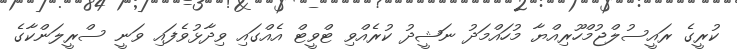
ކުރީގެ ރައީސުލްޖުމްހޫރިއްޔާ މުހައްމަދު ނަޝީދު ކުރެއްވި ޓްވީޓް އެއްގައި ވިދާޅުވެފައި ވަނީ ސްރީލަންކާގެ